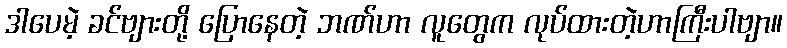
ဒါပေမဲ့ ခင်ဗျားတို့ ပြောနေတဲ့ ဘဏ်ဟာ လူတွေက လုပ်ထားတဲ့ဟာကြီးပါဗျာ။